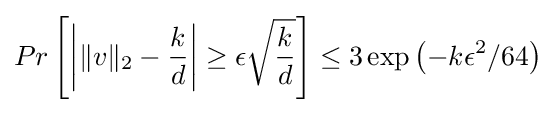
Pr\left[\left|\|v\|_{2}-{\frac {k}{d}}\right|\geq \epsilon {\sqrt {\frac {k}{d}}}\right]\leq 3\exp \left(-k\epsilon ^{2}/64\right)